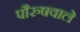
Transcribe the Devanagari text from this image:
पौरुषवाले